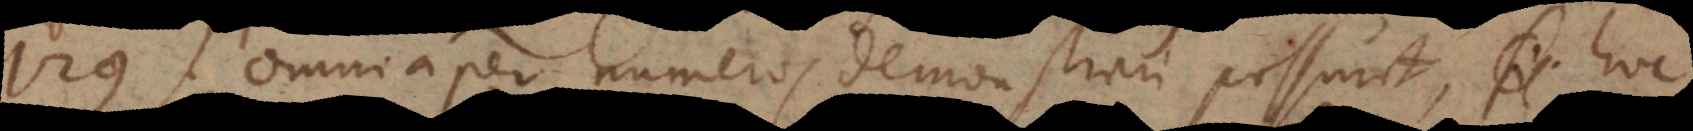
129) Omnia per numeros demonstrari possunt, hoc